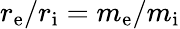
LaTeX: r_{\mathrm{e}}/r_{\mathrm{i}}=m_{\mathrm{e}}/m_{\mathrm{i}}